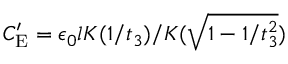
C _ { \mathrm { E } } ^ { \prime } = \epsilon _ { 0 } l K ( 1 / t _ { 3 } ) / K ( \sqrt { 1 - 1 / t _ { 3 } ^ { 2 } } )